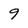
Character: 9